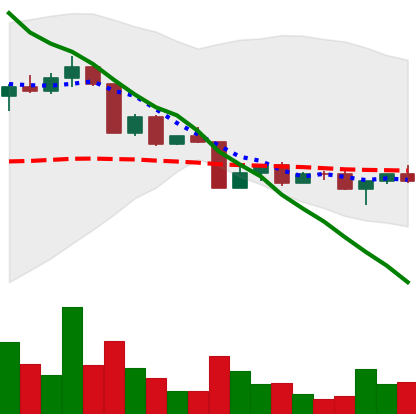
Ticker: ADA-USD
Chart end date: 2022-04-20
Forward return: -4.123%
Label: down_3_5